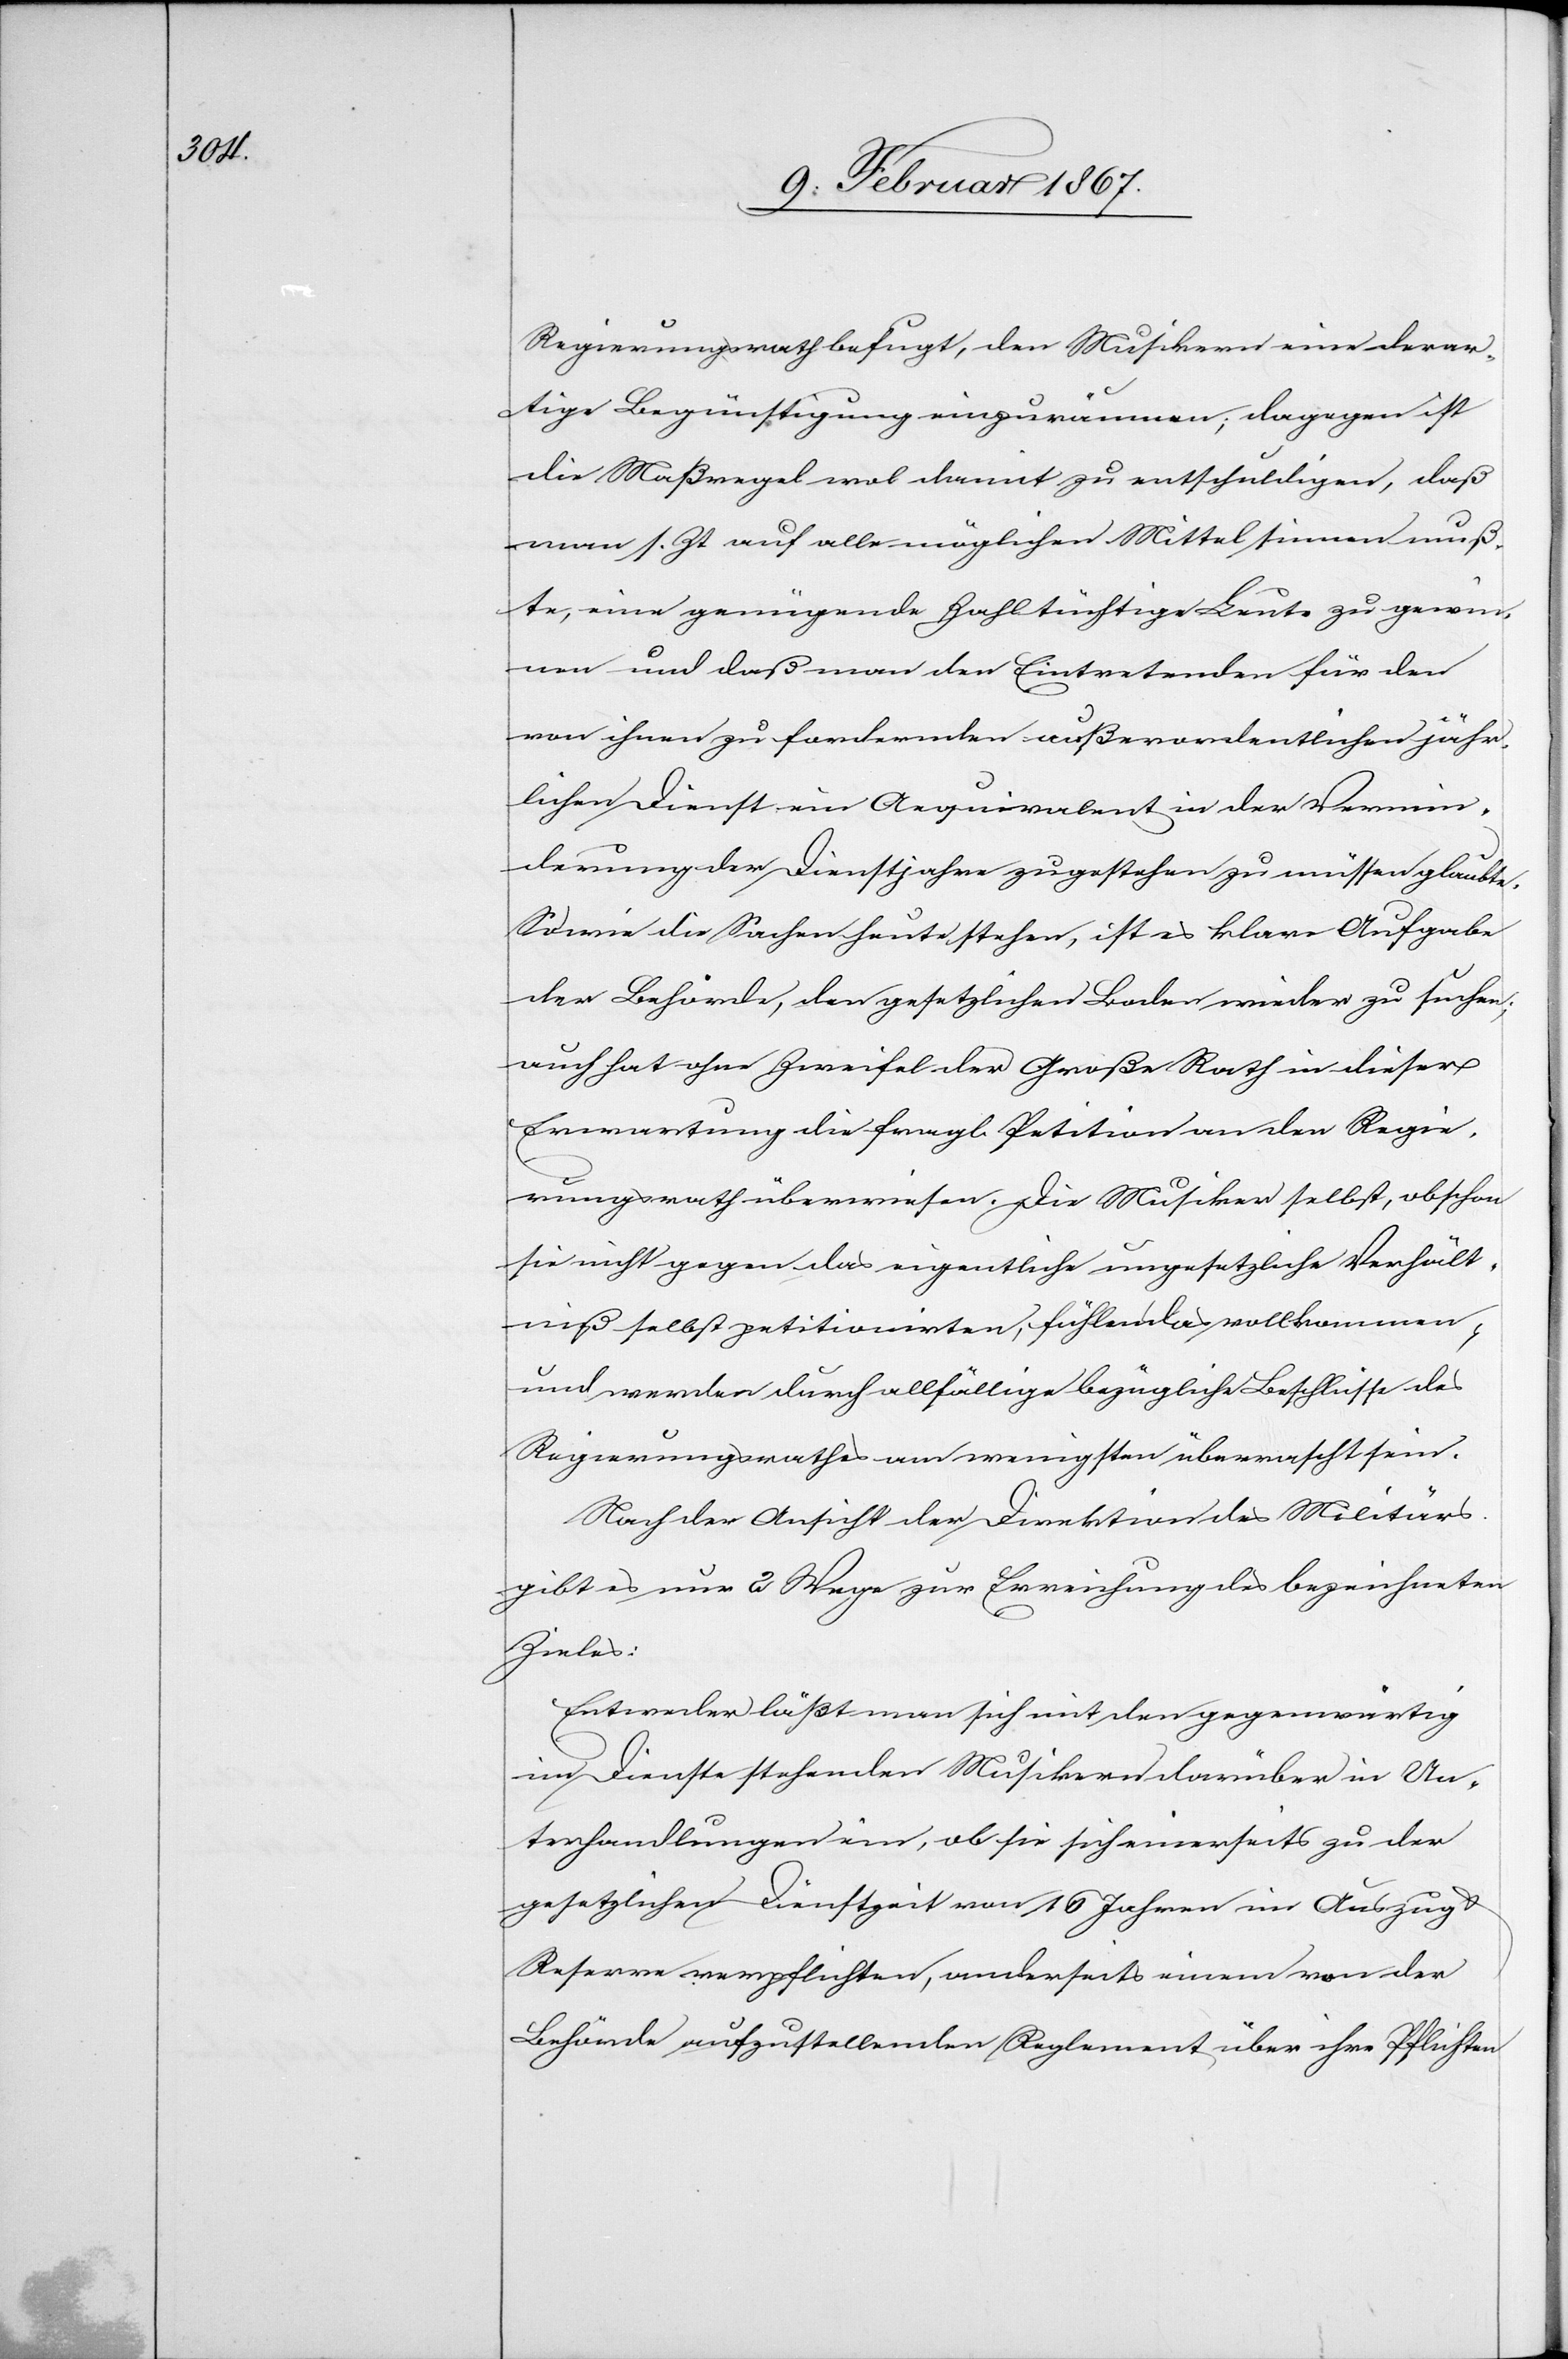
Regierungsrath befugt, den Musikern eine derar¬
tige Begünstigung einzuräumen; dagegen ist
die Maßregel wol damit zu entschuldigen, daß
man s. Zt auf alle möglichen Mittel sinnen muß¬
te, eine genügende Zahl tüchtige Leute zu gewin¬
nen und daß man den Eintretenden für den
von ihnen zu fordernden außerordentlichen jähr¬
lichen Dienst ein Aequivalent in der Vermin¬
derung der Dienstjahre zugestehen zu müssen glaubte.
So wie die Sachen heute stehen, ist es klare Aufgabe
der Behörde, den gesetzlichen Boden wieder zu suchen;
auch hat ohne Zweifel der Große Rath in dieser
Erwartung die fragl. Petition an den Regie¬
rungsrath überwiesen. Die Musiker selbst, obschon
sie nicht gegen das eigentliche ungesetzliche Verhält¬
niß selbst petitionirten, fühlen das vollkommen,
und werden durch allfällige bezügliche Beschlüsse des
Regierungsrathes am wenigsten überrascht sein.
Nach der Ansicht der Direktion des Militärs
gibt es nur 2 Wege zur Erreichung des bezeichneten
Zieles:
Entweder läßt man sich mit den gegenwärtig
im Dienste stehenden Musikern darüber in Un¬
terhandlungen ein, ob sie sich einerseits zu der
gesetzlichen Dienstzeit von 16 Jahren im Auszug u.
Reserve verpflichten, anderseits einem von der
Behörde aufzustellenden Reglement über ihre Pflichten